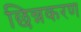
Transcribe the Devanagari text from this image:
छिन्नकरण